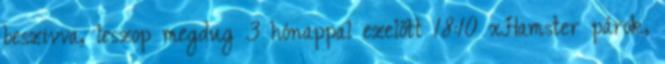
beszivva, leszop megdug 3 hónappal ezelőtt 18:10 xHamster párok,